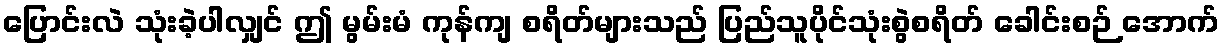
ပြောင်းလဲ သုံးခဲ့ပါလျှင် ဤ မွမ်းမံ ကုန်ကျ စရိတ်များသည် ပြည်သူပိုင်သုံးစွဲစရိတ် ခေါင်းစဉ် အောက်